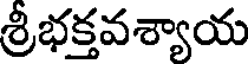
శ్రీభక్తవశ్యాయ